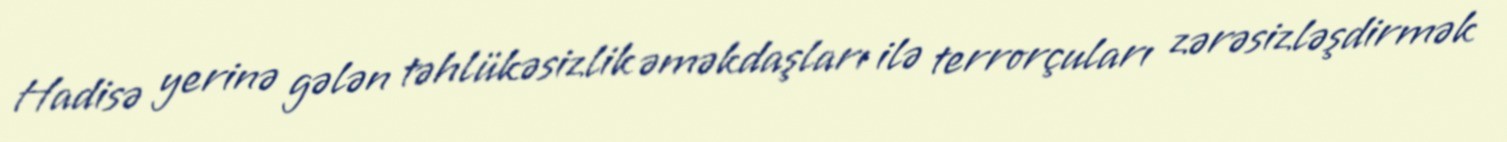
Hadisə yerinə gələn təhlükəsizlik əməkdaşları ilə terrorçuları zərəsizləşdirmək